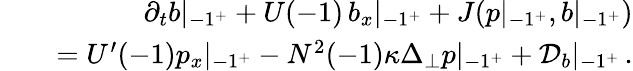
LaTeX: \begin{array}{rlr}&{}&{\partial_{t}b|_{-1^{+}}+U(-1)\, b_{x}|_{-1^{+}}+J(p|_{-1^{+}},b|_{-1^{+}})}\\ &{}&{=U^{\prime}(-1)p_{x}|_{-1^{+}}-N^{2}(-1)\kappa\Delta_{\perp}p|_{-1^{+}}+{\cal D}_{b}|_{-1^{+}}\, .}\end{array}